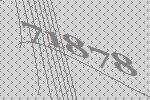
71878